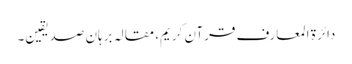
دائرة‌ المعارف قرآن کریم، مقالہِ برہانِ صدیقین۔